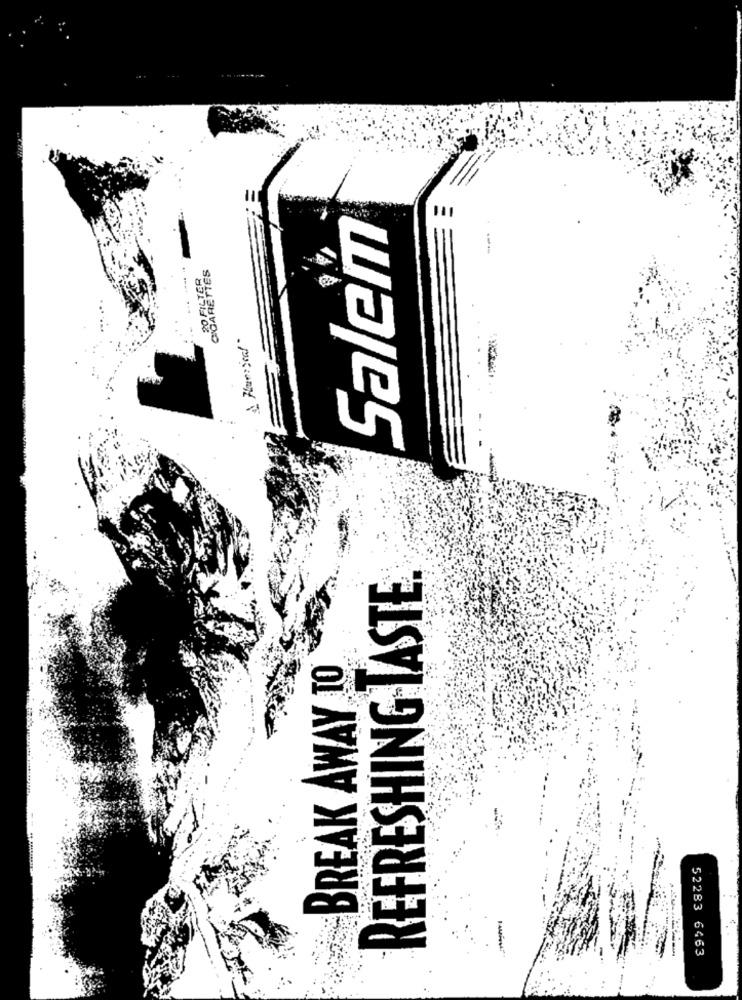
Salem
CIGARETTES
20 FILTER
REFRESHING TASTE.
BREAK AWAY TO
52283 6463